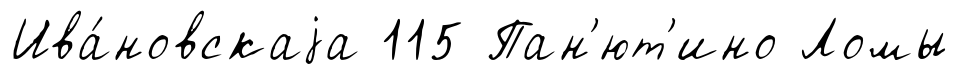
Ива́новскаjа 115 Пан'ют'ино Ломы